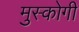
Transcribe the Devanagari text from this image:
मुस्कोगी